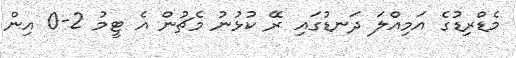
މެޑްރިޑުގެ އަމިއްލަ ދަނޑުގައި ރޭ ކުޅުނު މެޗުން އެ ޓީމު 2-0 އިން